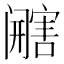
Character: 𰿿